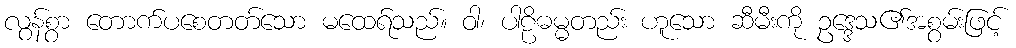
လွန်စွာ တောက်ပစေတတ်သော မထေရ်သည်။ ဝါ၊ ပါဠိဓမ္မတည်း ဟူသော ဆီမီးကို ဥဒ္ဒေသ၏အစွမ်းဖြင့်